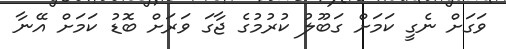
ވަގަށް ނެގީ ކަމަށް ގަބޫލު ކުރުމުގެ ޖާގަ ވަރަށް ބޮޑު ކަމަށް އޭނާ